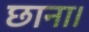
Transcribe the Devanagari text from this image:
छाना।